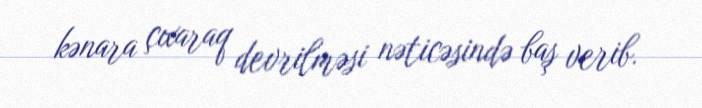
kənara çıxaraq devrilməsi nəticəsində baş verib.